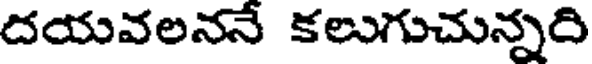
దయవలననే కలుగుచున్నరి